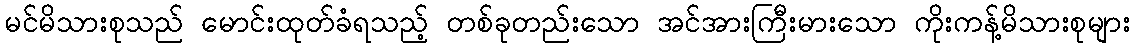
မင်မိသားစုသည် မောင်းထုတ်ခံရသည့် တစ်ခုတည်းသော အင်အားကြီးမားသော ကိုးကန့်မိသားစုများ